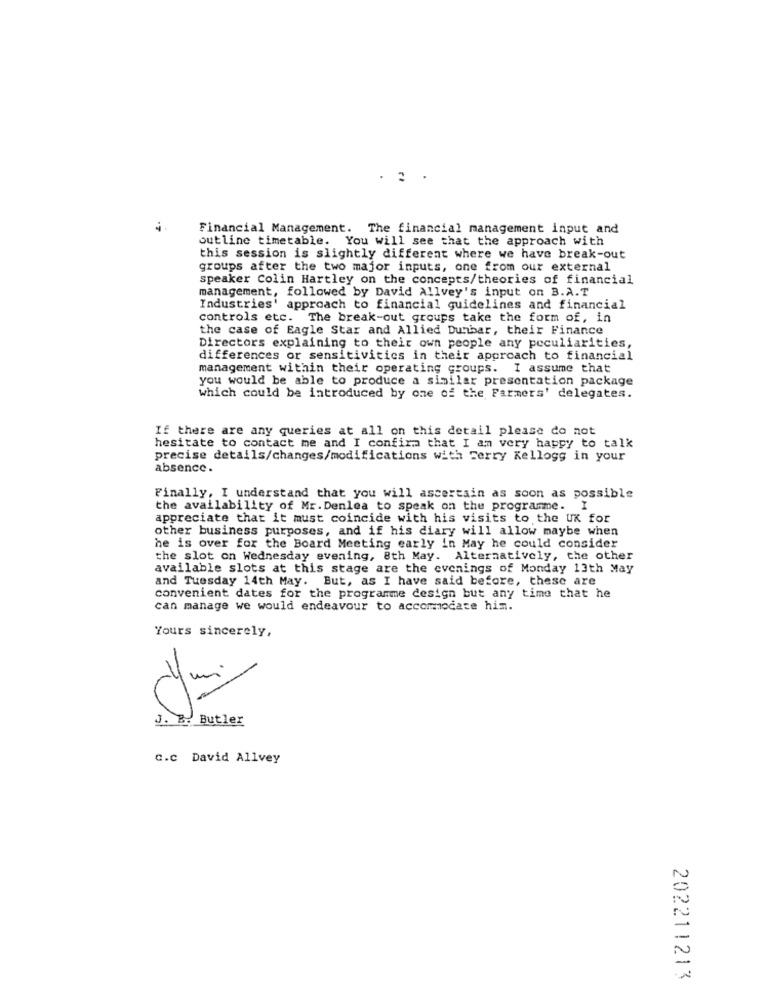
Financial Management. The financial management input and
outline timetable. You will see that the approach with
this session is slightly different where we have break-out
groups after the two major inputs, one from our external
speaker Colin Hartley on the concepts/theories of financial
management, followed by David Allvey's input on B.A.T.
Industries' approach to financial guidelines and financial
controls etc. The break-out groups take the form of, in
the case of Eagle Star and Allied Dunbar, their Finance
Directors explaining to their own people any peculiarities,
differences or sensitivities in their approach to financial
management within their operating groups. I assume that
you would be able to produce a similar presentation package
which could be introduced by one of the Farmers' delegates.
If there are any queries at all on this detail please do not
hesitate to contact me and I confira that I am very happy to talk
precise details/changes/modifications with Ferry Kellogg in your
absence.
Finally, I understand that you will ascertain as soon as possible
the availability of Mr. Denlea to speak on the programme. I
appreciate that it must coincide with his visits to the UK for
other business purposes, and if his diary will allow maybe when
he is over for the Board Meeting early in May he could consider
the slot on Wednesday evening, 8th May. Alternatively, the other
available slots at this stage are the evenings of Monday 13th May
and Tuesday 14th May. But, as I have said before, these are
convenient dates for the programme design but any time that he
can manage we would endeavour to accommodate him.
Yours sincerely,
J. B. Butler
C.c David Allvey
202211213